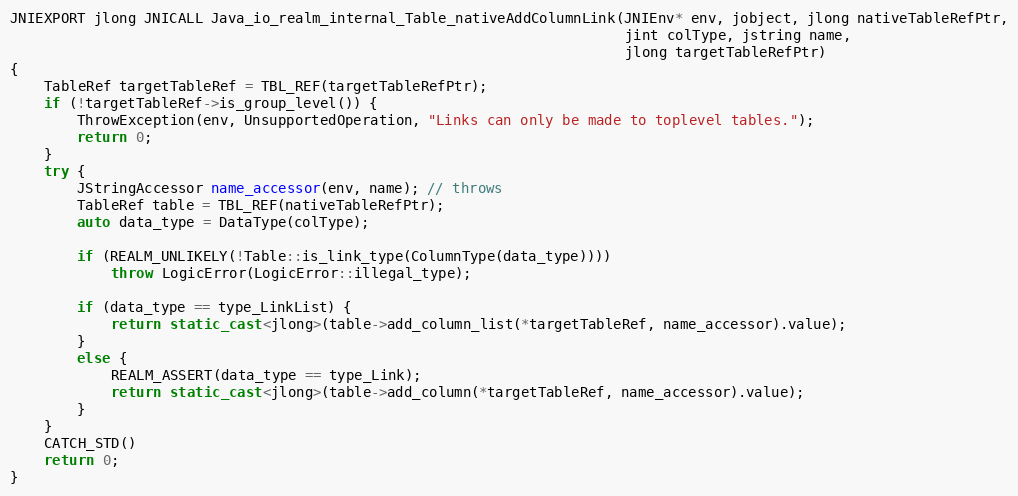
Language: C++
JNIEXPORT jlong JNICALL Java_io_realm_internal_Table_nativeAddColumnLink(JNIEnv* env, jobject, jlong nativeTableRefPtr,
                                                                         jint colType, jstring name,
                                                                         jlong targetTableRefPtr)
{
    TableRef targetTableRef = TBL_REF(targetTableRefPtr);
    if (!targetTableRef->is_group_level()) {
        ThrowException(env, UnsupportedOperation, "Links can only be made to toplevel tables.");
        return 0;
    }
    try {
        JStringAccessor name_accessor(env, name); // throws
        TableRef table = TBL_REF(nativeTableRefPtr);
        auto data_type = DataType(colType);

        if (REALM_UNLIKELY(!Table::is_link_type(ColumnType(data_type))))
            throw LogicError(LogicError::illegal_type);

        if (data_type == type_LinkList) {
            return static_cast<jlong>(table->add_column_list(*targetTableRef, name_accessor).value);
        }
        else {
            REALM_ASSERT(data_type == type_Link);
            return static_cast<jlong>(table->add_column(*targetTableRef, name_accessor).value);
        }
    }
    CATCH_STD()
    return 0;
}